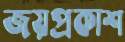
জয়প্রকাশ